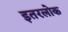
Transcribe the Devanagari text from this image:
इतरलोक